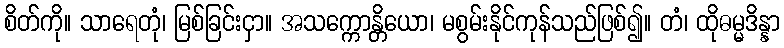
စိတ်ကို။ သာရေတုံ၊ မြစ်ခြင်းငှာ။ အသက္ကောန္တိယော၊ မစွမ်းနိုင်ကုန်သည်ဖြစ်၍။ တံ၊ ထိုဓမ္မဒိန္နာ